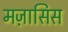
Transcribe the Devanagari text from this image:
मज़ासिस